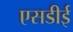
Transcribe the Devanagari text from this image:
एसडीई